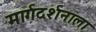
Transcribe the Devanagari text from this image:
मार्गदर्शनाला